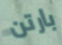
بارتن